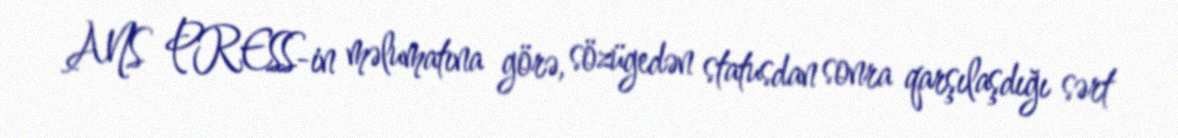
ANS PRESS-in məlumatına görə, sözügedən statusdan sonra qarşılaşdığı sərt